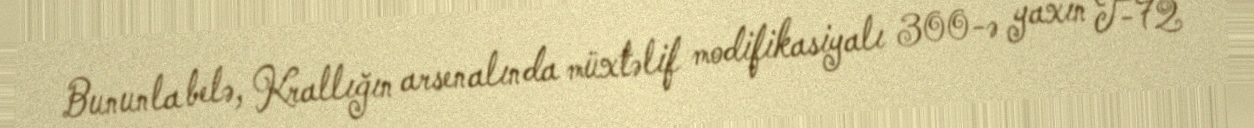
Bununla belə, Krallığın arsenalında müxtəlif modifikasiyalı 300-ə yaxın T-72